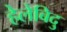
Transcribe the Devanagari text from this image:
हेलेबिदु